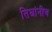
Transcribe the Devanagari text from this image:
तिघांनीच